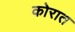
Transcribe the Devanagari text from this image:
कोरात